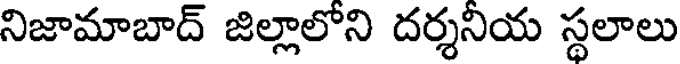
నిజామాబాద్ జిల్లాలోని దర్శనియ స్థలాలు